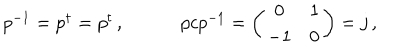
\begin{array} { c c } { { p ^ { - 1 } = p ^ { \dagger } = p ^ { t } \, , ~ } } & { { ~ p c p ^ { - 1 } = \left( \begin{array} { c c } { { 0 } } & { { 1 } } \\ { { - 1 } } & { { 0 } } \\ \end{array} \right) = j \, , } } \\ \end{array}